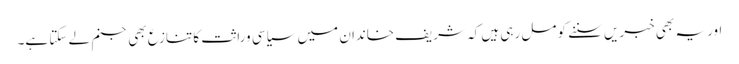
اور یہ بھی خبریں سننے کو مل رہی ہیں کہ شریف خاندان میں سیاسی وراثت کا تنازع بھی جنم لے سکتا ہے۔